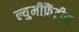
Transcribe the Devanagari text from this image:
ल्युमीफ़ैंट्रीन